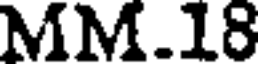
MM.18